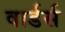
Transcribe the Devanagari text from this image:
वार्डर्स